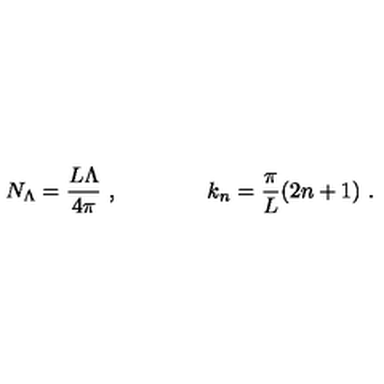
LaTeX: N _ { \Lambda } = \frac { L \Lambda } { 4 \pi } \ , \qquad \qquad k _ { n } = \frac { \pi } { L } ( 2 n + 1 ) \ .